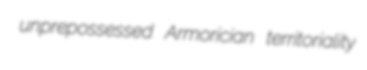
unprepossessed Armorician territoriality